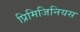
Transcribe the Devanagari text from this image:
प्रिमिजिनियस